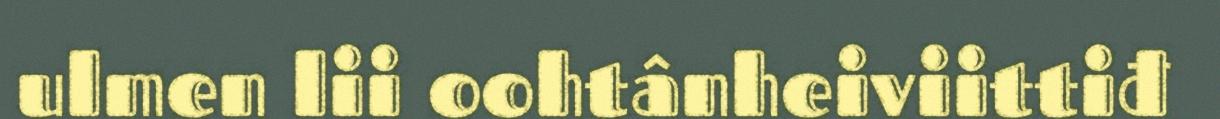
ulmen lii oohtânheiviittiđ